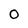
Character: 0